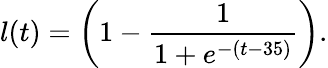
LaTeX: l(t)=\left(1-\frac{1}{1+e^{-(t-35)}}\right).